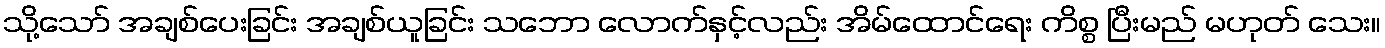
သို့သော် အချစ်ပေးခြင်း အချစ်ယူခြင်း သဘော လောက်နှင့်လည်း အိမ်ထောင်ရေး ကိစ္စ ပြီးမည် မဟုတ် သေး။